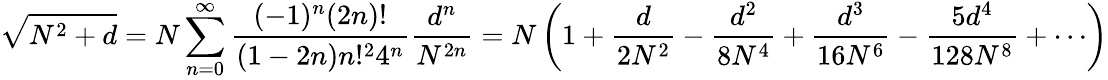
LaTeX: {\sqrt{N^{2}+d}}=N\sum_{n=0}^{\infty}{\frac{(-1)^{n}(2n)!}{(1-2n)n!^{2}4^{n}}}{\frac{d^{n}}{N^{2n}}}=N\left(1+{\frac{d}{2N^{2}}}-{\frac{d^{2}}{8N^{4}}}+{\frac{d^{3}}{16N^{6}}}-{\frac{5d^{4}}{128N^{8}}}+\cdots\right)